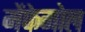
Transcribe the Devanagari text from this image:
मेंफेगोल